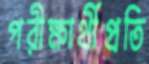
পরীক্ষার্থীপ্রতি